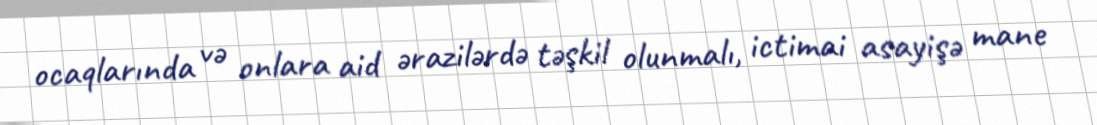
ocaqlarında və onlara aid ərazilərdə təşkil olunmalı, ictimai asayişə mane